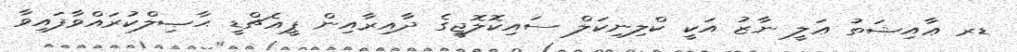
ޑރ ޢާއިޝަތު ޢަލީ ނާޒު އަކީ ކްލިނިކަލް ސައިކޮލޮޖީގެ ދާއިރާއިން ޕީއެޗްޑީ ޙާޞިލްކުރައްވާފައިވާ